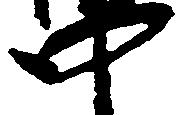
中